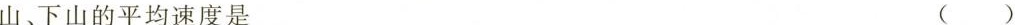
山、下山的平均速度是()